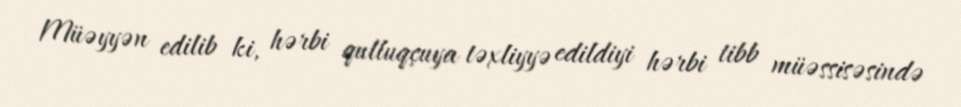
Müəyyən edilib ki, hərbi qulluqçuya təxliyyə edildiyi hərbi tibb müəssisəsində